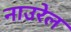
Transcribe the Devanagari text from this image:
नाउरेल